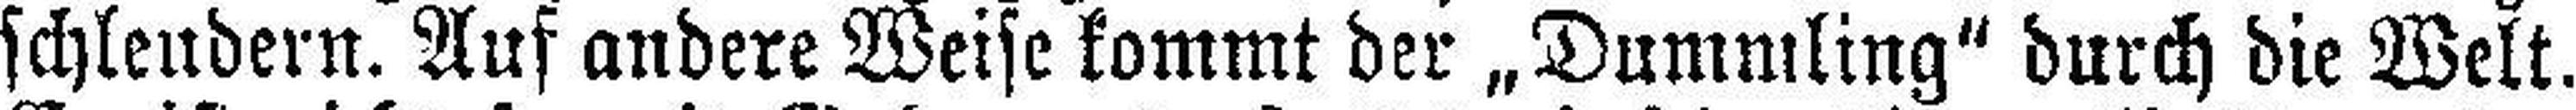
schleudern. Auf andere Weise kommt der „Dummling“ durch die Welt.